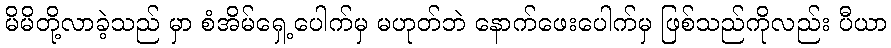
မိမိတို့လာခဲ့သည် မှာ စံအိမ်ရှေ့ပေါက်မှ မဟုတ်ဘဲ နောက်ဖေးပေါက်မှ ဖြစ်သည်ကိုလည်း ပီယာ